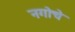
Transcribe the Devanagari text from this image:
नगोचे